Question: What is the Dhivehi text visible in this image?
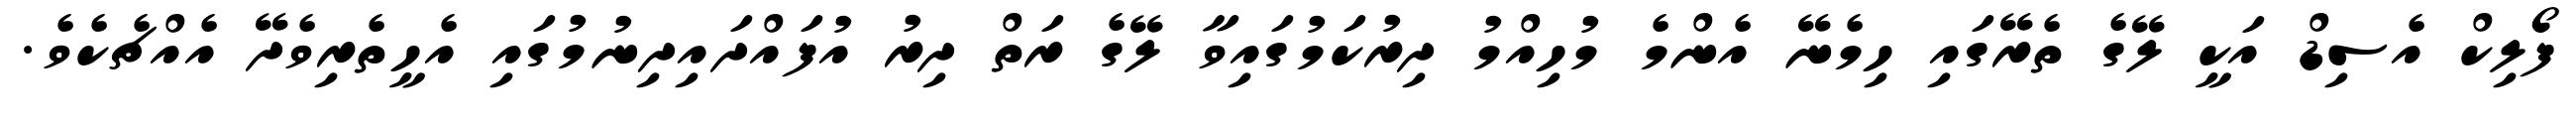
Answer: ފޯލިކް އެސިޑް އަކީ ލޭގެ ތެރޭގައި ހިމެނޭ އެންމެ މުހިއްމު ދިރުކަމުގައިވާ ލޭގެ ރަތް ދިރު އުފައްދައިދިނުމުގައި އެހީތެރިވެދޭ އެއްޗެކެވެ.